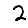
Digit: 2